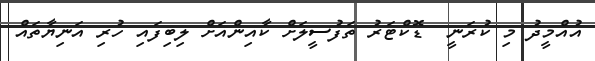
އުއްމީދު މި ކުރަނީ  ޑޮކްޓަރު ތަފުސީލަށް ކާއިންއަށް ލިބިފައި ހުރި އަނިޔާތައް